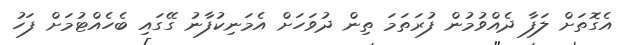
އެގޮތަށް ލަފާ ދެއްވުމުން ފުރަތަމަ ތިން ދުވަހަށް އެމަނިކުފާނު ގޭގައި ބެހެއްޓުމަށް ފަހު